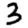
Digit: 3